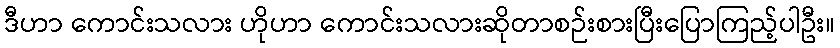
ဒီဟာ ကောင်းသလား ဟိုဟာ ကောင်းသလားဆိုတာစဉ်းစားပြီးပြောကြည့်ပါဦး။